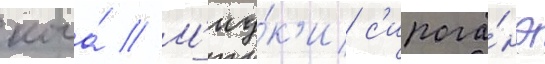
кога́ // М'иу́к'и с'ирога́нэ